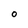
Character: O